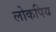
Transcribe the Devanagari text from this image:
लोकपिय